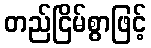
တည်ငြိမ်စွာဖြင့်